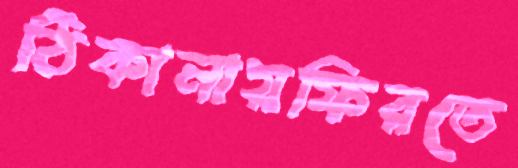
ঠিকানায়ফিরতে